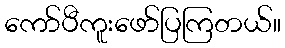
ကော်ပီကူးဖော်ပြကြတယ်။